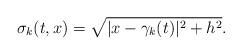
LaTeX: \begin{align*}\sigma_k(t,x) = \sqrt{|x-\gamma_k(t)|^2+h^2}.\end{align*}